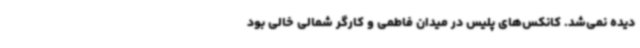
دیده نمی‌شد. کانکس‌های پلیس در میدان فاطمی و کارگر شمالی خالی بود